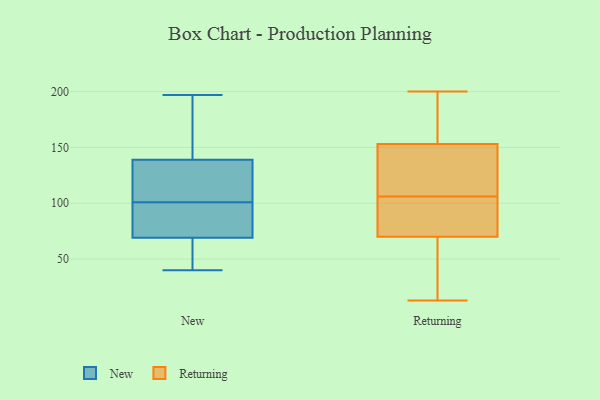
{"axis": {"x": "Production Output", "y": "Value"}, "legend": ["New", "Returning"], "data": [{"x": "", "y": 197, "type": "New"}, {"x": "", "y": 101, "type": "New"}, {"x": "", "y": 42, "type": "New"}, {"x": "", "y": 90, "type": "New"}, {"x": "", "y": 51, "type": "New"}, {"x": "", "y": 111, "type": "New"}, {"x": "", "y": 160, "type": "New"}, {"x": "", "y": 101, "type": "New"}, {"x": "", "y": 126, "type": "New"}, {"x": "", "y": 40, "type": "New"}, {"x": "", "y": 87, "type": "New"}, {"x": "", "y": 152, "type": "New"}, {"x": "", "y": 105, "type": "Returning"}, {"x": "", "y": 116, "type": "Returning"}, {"x": "", "y": 13, "type": "Returning"}, {"x": "", "y": 105, "type": "Returning"}, {"x": "", "y": 196, "type": "Returning"}, {"x": "", "y": 70, "type": "Returning"}, {"x": "", "y": 22, "type": "Returning"}, {"x": "", "y": 200, "type": "Returning"}, {"x": "", "y": 107, "type": "Returning"}, {"x": "", "y": 187, "type": "Returning"}, {"x": "", "y": 138, "type": "Returning"}, {"x": "", "y": 75, "type": "Returning"}, {"x": "", "y": 184, "type": "Returning"}, {"x": "", "y": 98, "type": "Returning"}, {"x": "", "y": 20, "type": "Returning"}, {"x": "", "y": 117, "type": "Returning"}, {"x": "", "y": 153, "type": "Returning"}, {"x": "", "y": 55, "type": "Returning"}]}